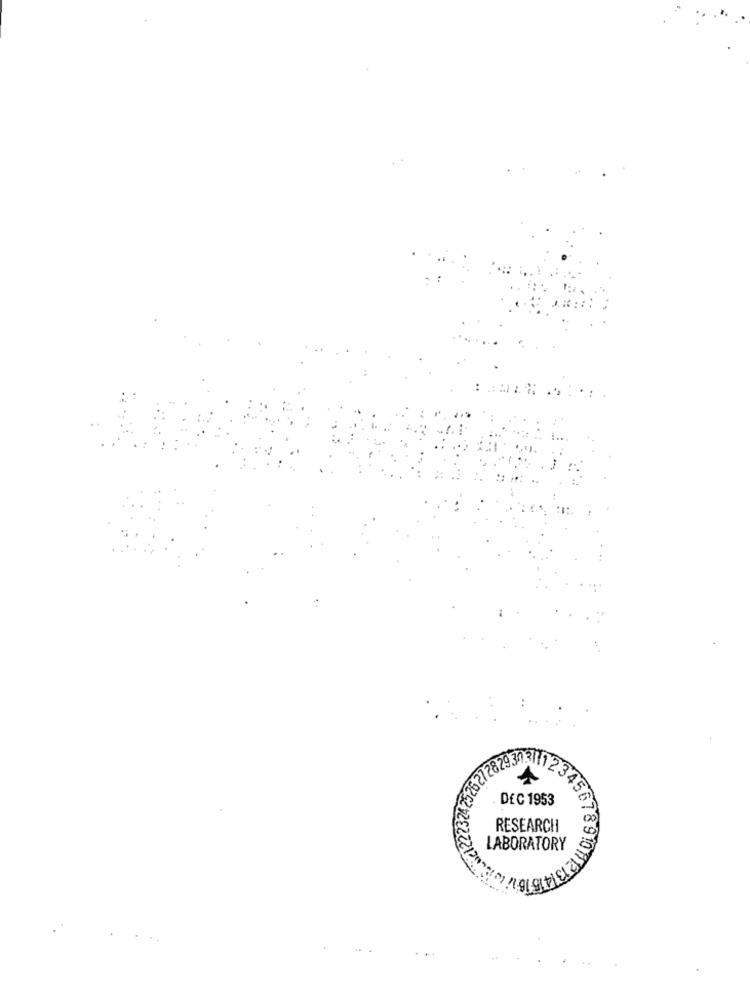
27282937
12
DEC 1953
RESEARCHI
LABORATORY
1513